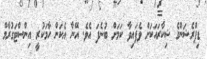
ޑިޕްރެޝަންގެ ޝިކާރައަކަށް ވެފައިވާ ކަމަށް ބުނެފަ އެވެ. އޭނާ އެކަން ހާމަކުރީ އިންސްޓަގުރާމް